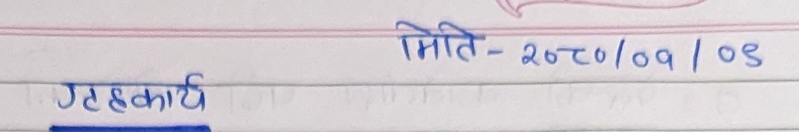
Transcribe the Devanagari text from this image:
मिति-२०८०/०१/०९
गृहकार्य